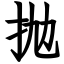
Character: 抛